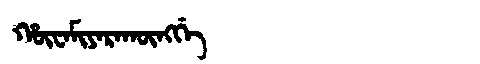
Manchu: ᡥᡡᠸᠠᠮᡳᠶᠠᡵᠠᡴᡡᠩᡤᡝ
Romanization: HŪWAMIYARAKŪNGGE